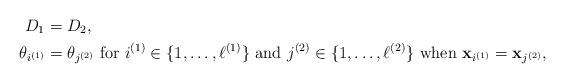
LaTeX: \begin{align*} D_1&=D_2, \\ \theta_{i^{(1)}}&=\theta_{j^{(2)}} \ \mbox{for} \ i^{(1)} \in \{1,\ldots,\ell^{(1)}\}\ \mbox{and} \ j^{(2)}\in \{1,\ldots,\ell^{(2)}\}\ \mbox{when} \ \mathbf x_{i^{(1)}}=\mathbf x_{j^{(2)}}, \end{align*}